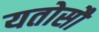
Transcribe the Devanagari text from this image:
यतोसौ